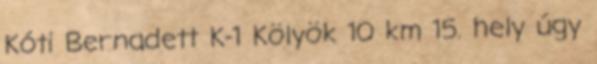
Kóti Bernadett K-1 Kölyök 10 km 15. hely úgy